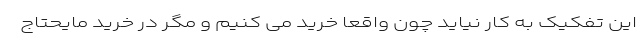
این تفکیک به کار نیاید چون واقعا خرید می کنیم و مگر در خرید مایحتاج